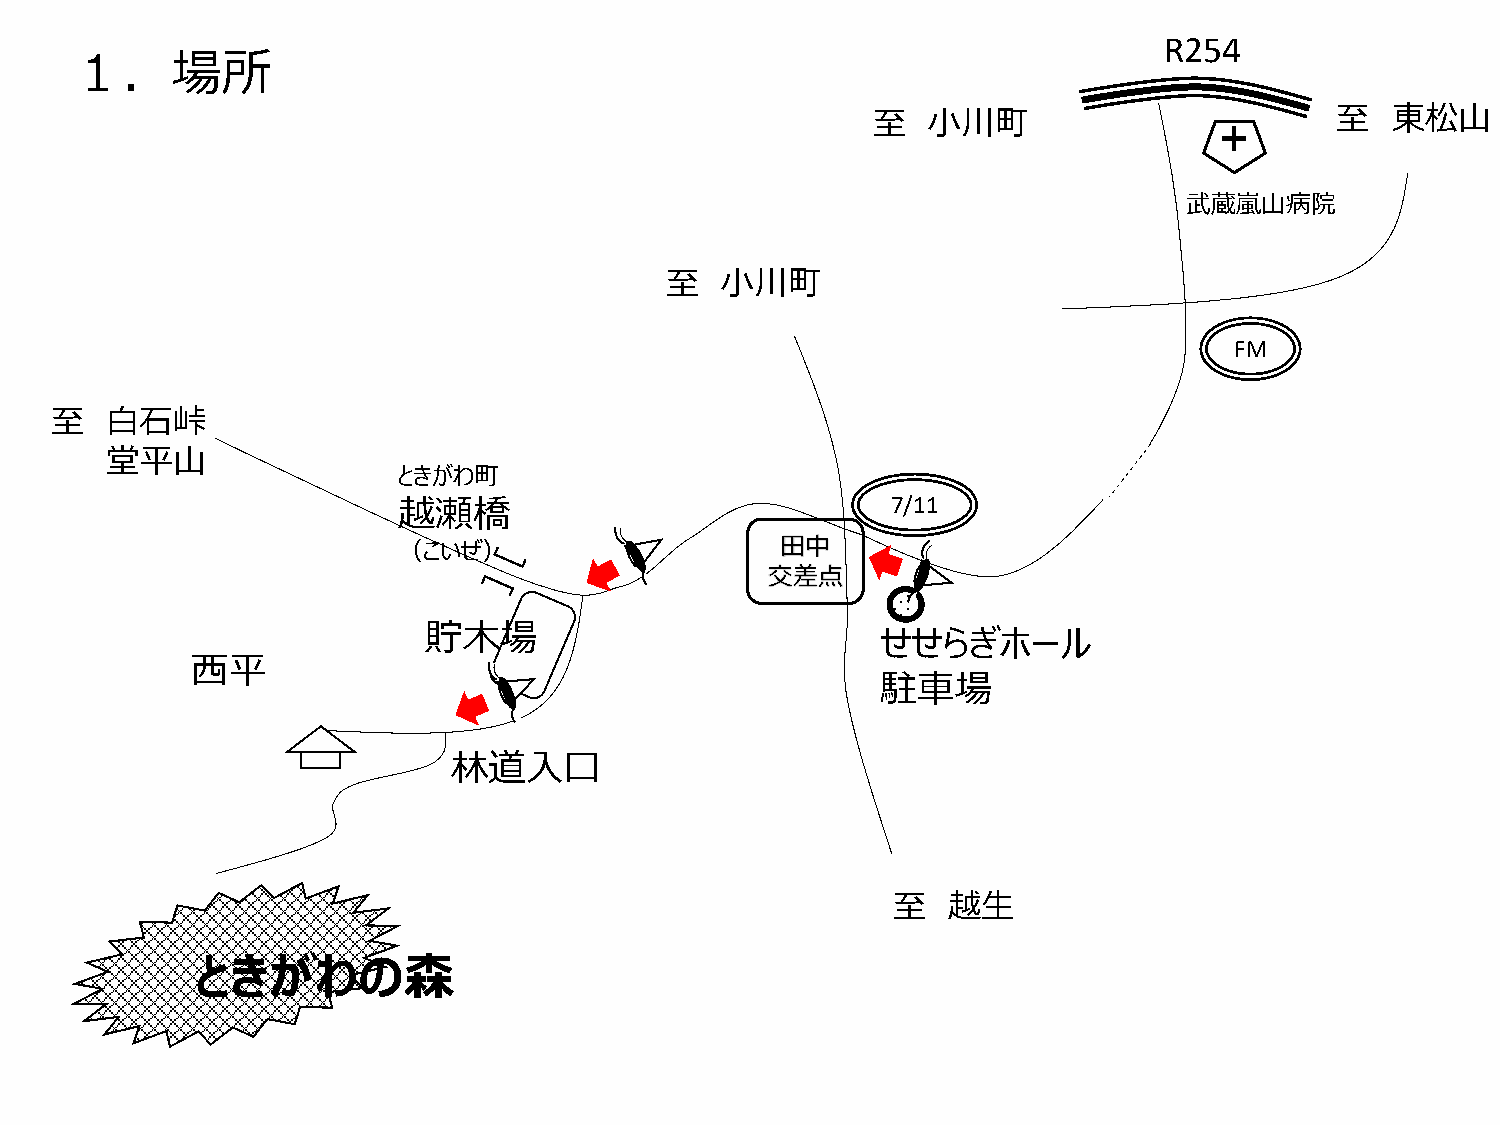
R254
 １．場所
 至  小川町                        至   東松山
 ＋
 武蔵嵐山病院
 至   小川町
 FM
 至   白石峠
 堂平山
 ときがわ町
 越瀬橋                              7/11
 （こいぜ）                     田中
 交差点
 貯木場
 せせらぎホール
 西平
 駐車場
 林道入口
 至   越生
 ときがわの森